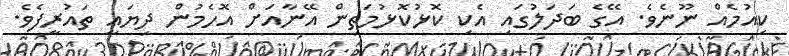
ކިއުމެއް ނޫނެވެ. އޭގެ ބަދަލުގައި އެކި ކޮޅުކޮޅުމަތިން އޭނާއަށް އޮހެމުން ދިޔައީ ތައުރީފެވެ.